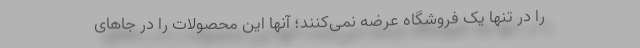
را در تنها یک فروشگاه عرضه نمی‌کنند؛ آنها این محصولات را در جاهای